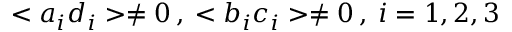
< a _ { i } d _ { i } > \neq 0 \: , \: < b _ { i } c _ { i } > \neq 0 \: , \: i = 1 , 2 , 3